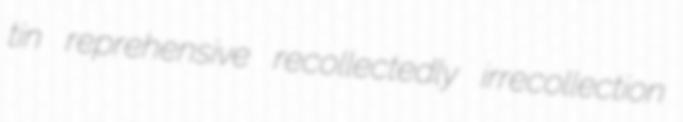
tin reprehensive recollectedly irrecollection